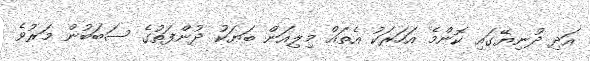
އަދި ދުނިޔޭގައި ކޮންމެ އަހަރަކު އެތައް މިލިއަން ބަޔަކު ދުންފަތުގެ ސަބަބުން މަރުވެ